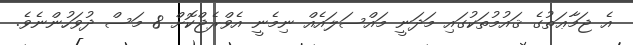
އެ ޖަމާޢަތުގެ ޤައުމުތަކުގައި މަދަނީ މައްސަލައެއް ނިމެނީ އެވްރެޖްކޮށް 8 މަސް ދުވަހުންނެވެ.